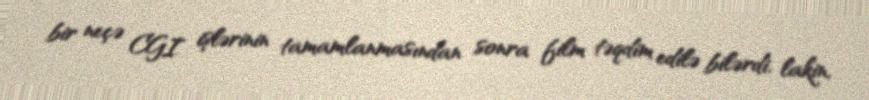
bir neçə CGI işlərinin tamamlanmasından sonra film təqdim edilə bilərdi, lakin,